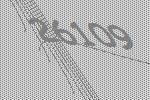
26109